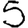
Digit: 5